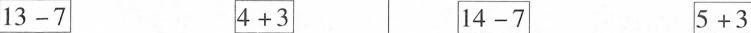
$$13-7$$ $$4+3$$ $$14-7$$ $$5+3$$